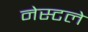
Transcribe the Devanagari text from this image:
नेस्टले